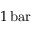
1 \, \mathrm { b a r }